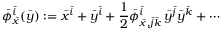
\bar { \phi } _ { \bar { x } } ^ { \bar { i } } ( \bar { y } ) : = \bar { x } ^ { \bar { i } } + \bar { y } ^ { \bar { i } } + \frac 1 2 \bar { \phi } _ { \bar { x } , \bar { j } \bar { k } } ^ { \bar { i } } \, \bar { y } ^ { \bar { j } } \bar { y } ^ { \bar { k } } + \cdots